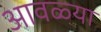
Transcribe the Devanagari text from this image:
आवळ्या